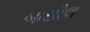
બાસીલ